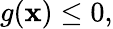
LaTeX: g(\mathbf{x})\leq0,